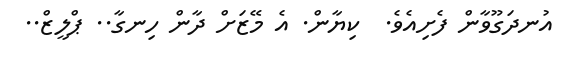
އުނދަގޫވާން ފެށިއެވެ.  ކިޔާން. އެ މޭޒަށް ދާން ހިނގާ.. ޕްލީޒް..